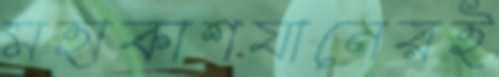
মহাকাশযানেরই